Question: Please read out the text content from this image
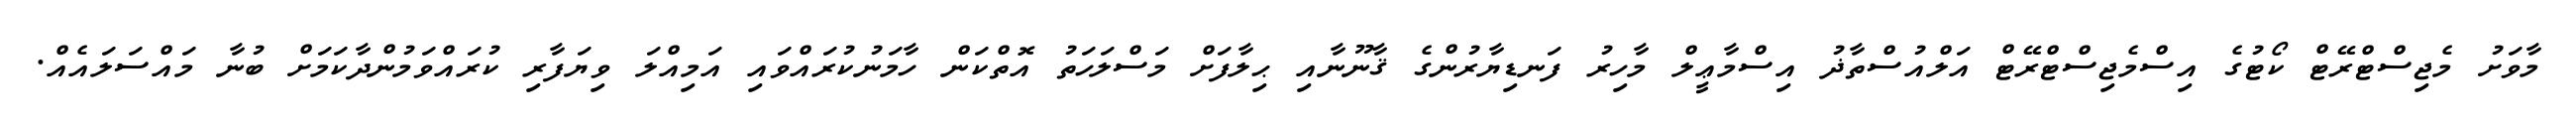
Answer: މާވަށު މެޖިސްޓްރޭޓް ކޯޓުގެ އިސްމެޖިސްޓްރޭޓް އަލްއުސްތާޛު އިސްމާޢީލް މާހިރު ފަނޑިޔާރުންގެ ޤާނޫނާއި ޙިލާފަށް މަސްލަހަތު އޮތްކަން ހާމަނުކުރައްވައި އަމިއްލަ ވިޔަފާރި ކުރައްވަމުންދާކަމަށް ބުނާ މައްސަލައެއް.